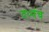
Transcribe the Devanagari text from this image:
दध्यंच